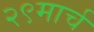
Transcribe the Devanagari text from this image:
२९मार्च